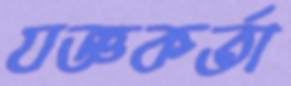
যজ্ঞকর্তা